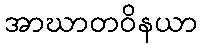
အာဃာတဝိနယာ